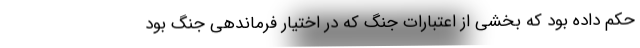
حکم داده بود که بخشی از اعتبارات جنگ که در اختیار فرماندهی جنگ بود